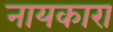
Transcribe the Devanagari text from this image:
नायकारा